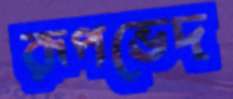
রূপভেদ